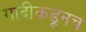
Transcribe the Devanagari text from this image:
गादीकडूनच